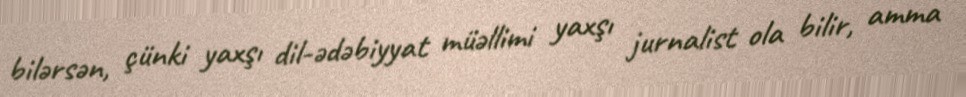
bilərsən, çünki yaxşı dil-ədəbiyyat müəllimi yaxşı jurnalist ola bilir, amma